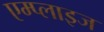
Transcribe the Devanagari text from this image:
एम्प्लाइज